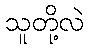
သူတို့လဲ